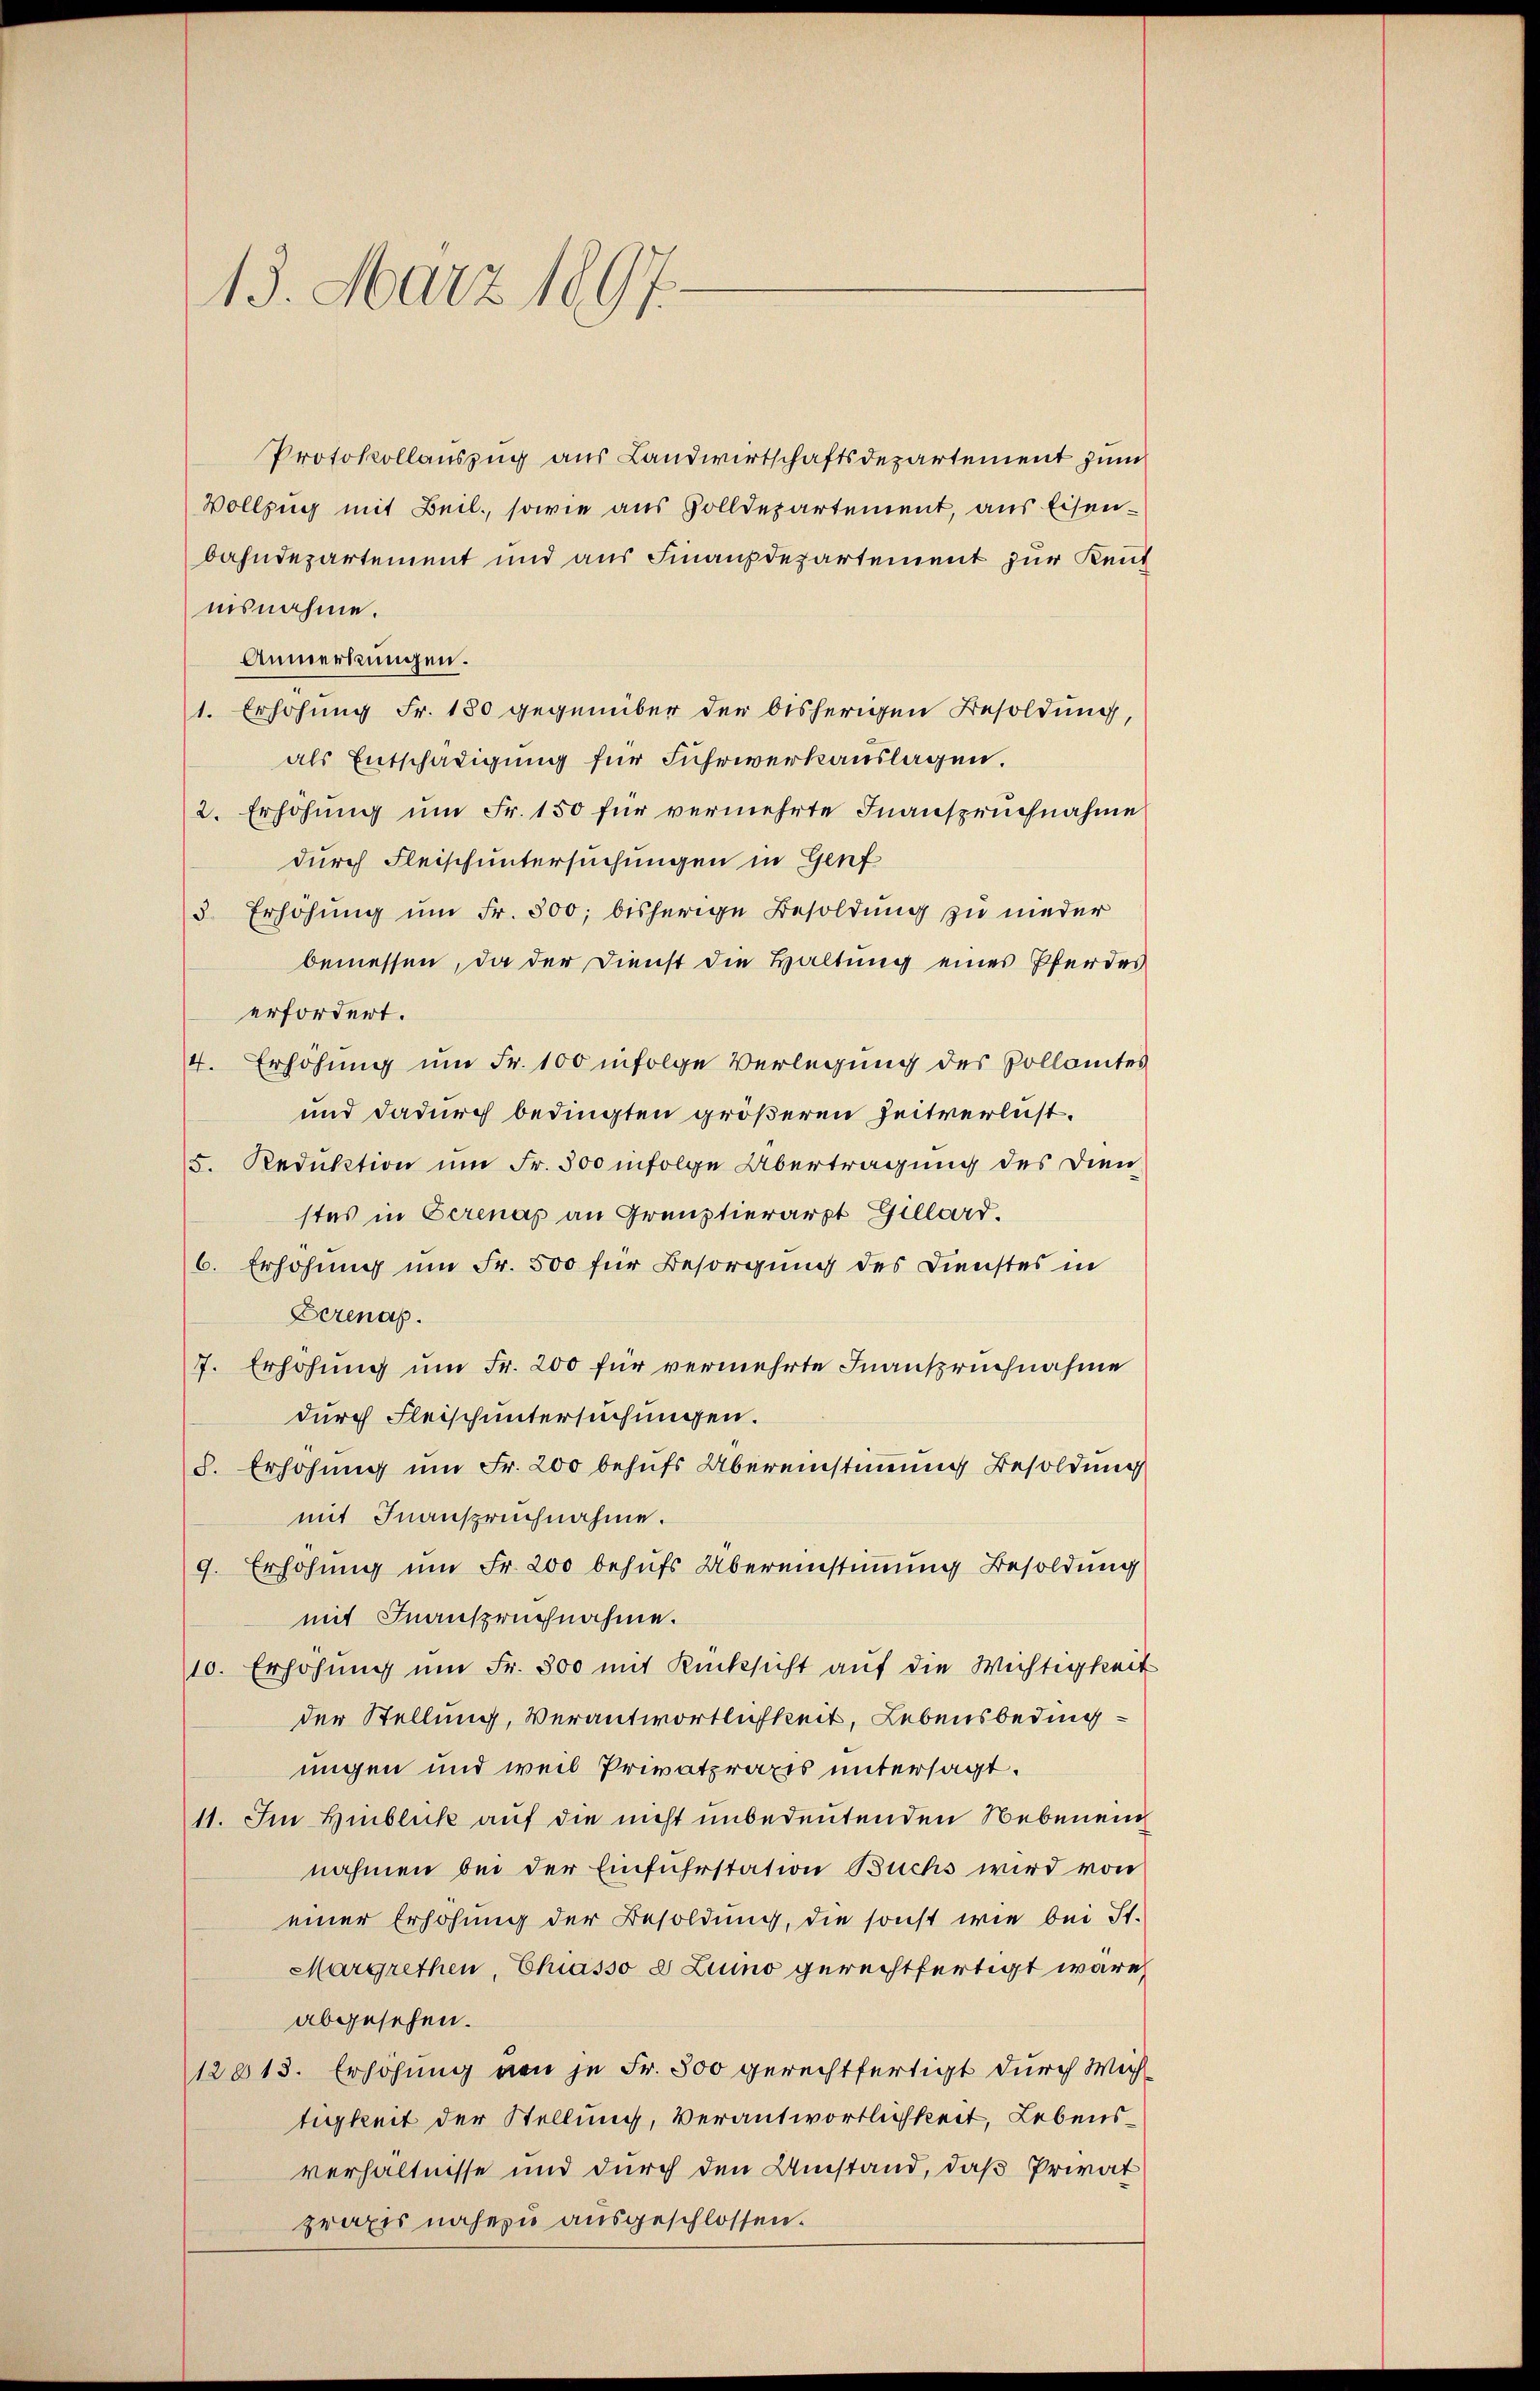
13. März 1897.

Protokollauszug aus Landwirtschaftsdepartement zum
Vollzug mit Beil, sowie aus Zolldepartement, aus Eisenbahndepartement und aus Finanzdepartement zur Kent
nisnahme.
Anmerkungen.
1. Erhöhung Fr. 180 gegenüber der bisherigen Besoldung,
als Entschädigung für Fuhrwerkauslagen.
2. Erhöhŭng ŭm Fr. 150 für vermehrte Inanspruchnahme
durch Fleisch untersuchungen in Genf
3 Erhöhŭng ŭm Fr. 300; bisherige Besoldung zu nieder
bemessen, da der Dienst die Haltung eines Pferdes
erfordert.
4. Erhöhung um Fr. 100 infolge Verlegung des Pollamtes
und dadurch bedingten größeren Zeitverlust.
5. Reduktion um Fr. 500 infolge Übertragung des Dien
stes in Cerenas an Greuztierarzt Gillord.
6. Erhöhung um Fr. 500 für Besorgung des Dienstes in
Derenap
7. Erhöhŭng ŭm Fr. 200 für vermehrte Inanspruchnahme
durch Fleisch untersuchungen.
8. Erhöhung um Fr. 200 behufs Übereinstimmung Besoldung
mit Inanspruchnahme.
9. Erhöhung um Fr. 200 behufs Übereinstimmung Besoldung
mit Inanspruchnahme.
10. Erhöhung um Fr. 300 mit Rücksicht auf die Wichtigkeit
der Stellung, Verantwortlichkeit, Lebensbeding
ungen und weil Privatpraxis untersagt.
11. Im Hinblick auf die nicht unbedeutenden Nebenein
nahmen bei der Einfuhrstation Buchs wird von
einer Erhöhung der Besoldung, die sonst wie bei St.
Margrethen, Chiasso 8 Luino gerechtfertigt wäre,
abgesehen.
12018. Erhöhung von je Fr. 300 gerechtfertigt durch Weihtigkeit der Stellung, Verantwortlichkeit, Lebensverhältnisse und durch den Umstand, daß Privat
praxis nahezu ausgeschlossen.